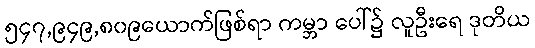
၅၄၇,၉၄၉,၈၀၉ယောက်ဖြစ်ရာ ကမ္ဘာ ပေါ်၌ လူဦးရေ ဒုတိယ